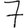
Digit: 7